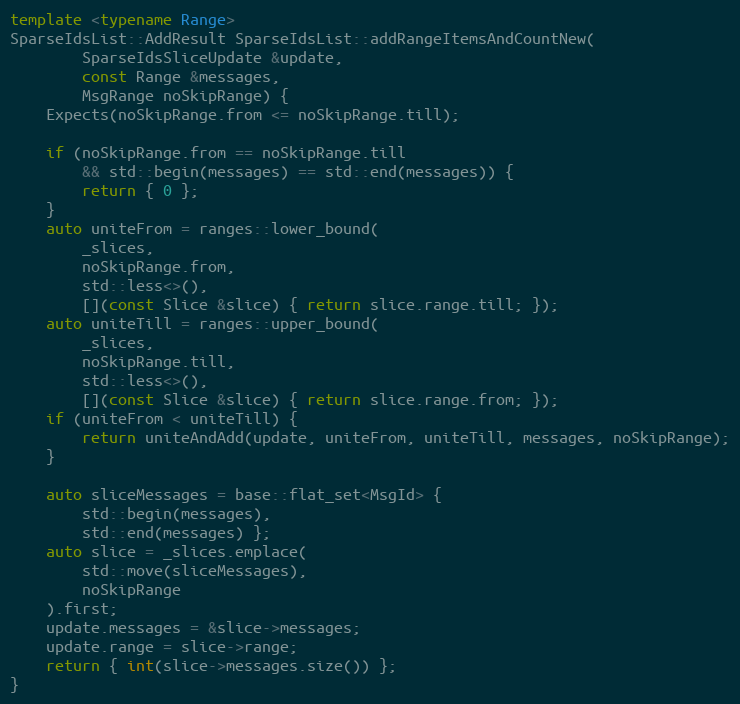
Language: C++
template <typename Range>
SparseIdsList::AddResult SparseIdsList::addRangeItemsAndCountNew(
		SparseIdsSliceUpdate &update,
		const Range &messages,
		MsgRange noSkipRange) {
	Expects(noSkipRange.from <= noSkipRange.till);

	if (noSkipRange.from == noSkipRange.till
		&& std::begin(messages) == std::end(messages)) {
		return { 0 };
	}
	auto uniteFrom = ranges::lower_bound(
		_slices,
		noSkipRange.from,
		std::less<>(),
		[](const Slice &slice) { return slice.range.till; });
	auto uniteTill = ranges::upper_bound(
		_slices,
		noSkipRange.till,
		std::less<>(),
		[](const Slice &slice) { return slice.range.from; });
	if (uniteFrom < uniteTill) {
		return uniteAndAdd(update, uniteFrom, uniteTill, messages, noSkipRange);
	}

	auto sliceMessages = base::flat_set<MsgId> {
		std::begin(messages),
		std::end(messages) };
	auto slice = _slices.emplace(
		std::move(sliceMessages),
		noSkipRange
	).first;
	update.messages = &slice->messages;
	update.range = slice->range;
	return { int(slice->messages.size()) };
}